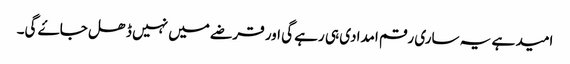
امید ہے یہ ساری رقم امدادی ہی رہے گی اور قرضے میں نہیں ڈھل جاۓ گی۔